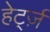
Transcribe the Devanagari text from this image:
हेर्ट्ज़